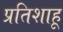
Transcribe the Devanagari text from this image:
प्रतिशाहू